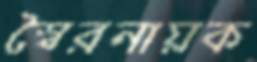
স্বৈরনায়ক